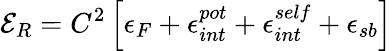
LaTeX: {\cal E}_{R}=C^{2}\left[\epsilon_{F}+\epsilon_{int}^{pot}+\epsilon_{int}^{self}+{\epsilon_{sb}}\right]